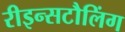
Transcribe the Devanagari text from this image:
रीइन्सटौलिंग